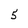
Character: 5